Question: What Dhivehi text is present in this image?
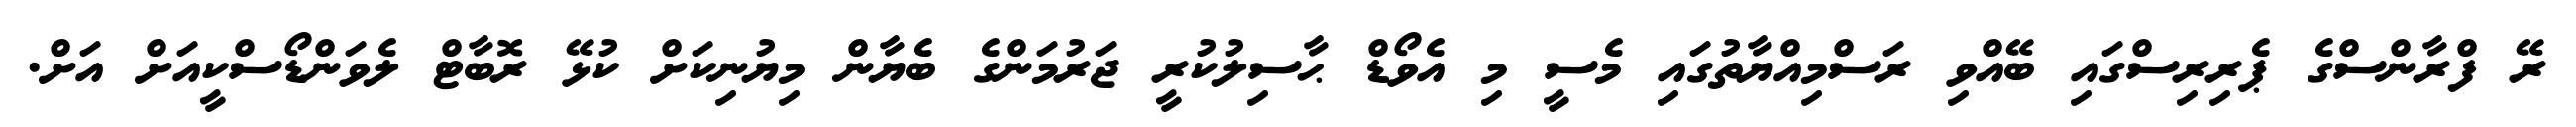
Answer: ރޭ ފްރާންސްގެ ޕެރިރިސްގައި ބޭއްވި ރަސްމިއްޔާތުގައި މެސީ މި އެވޯޑް ޙާސިލުކުރީ ޖަރުމަންގެ ބެޔާން މިޔުނިކަށް ކުޅޭ ރޮބާޓް ލެވަންޑޯސްކީއަށް އަށް.